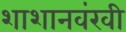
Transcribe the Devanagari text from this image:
शाशानवंखी